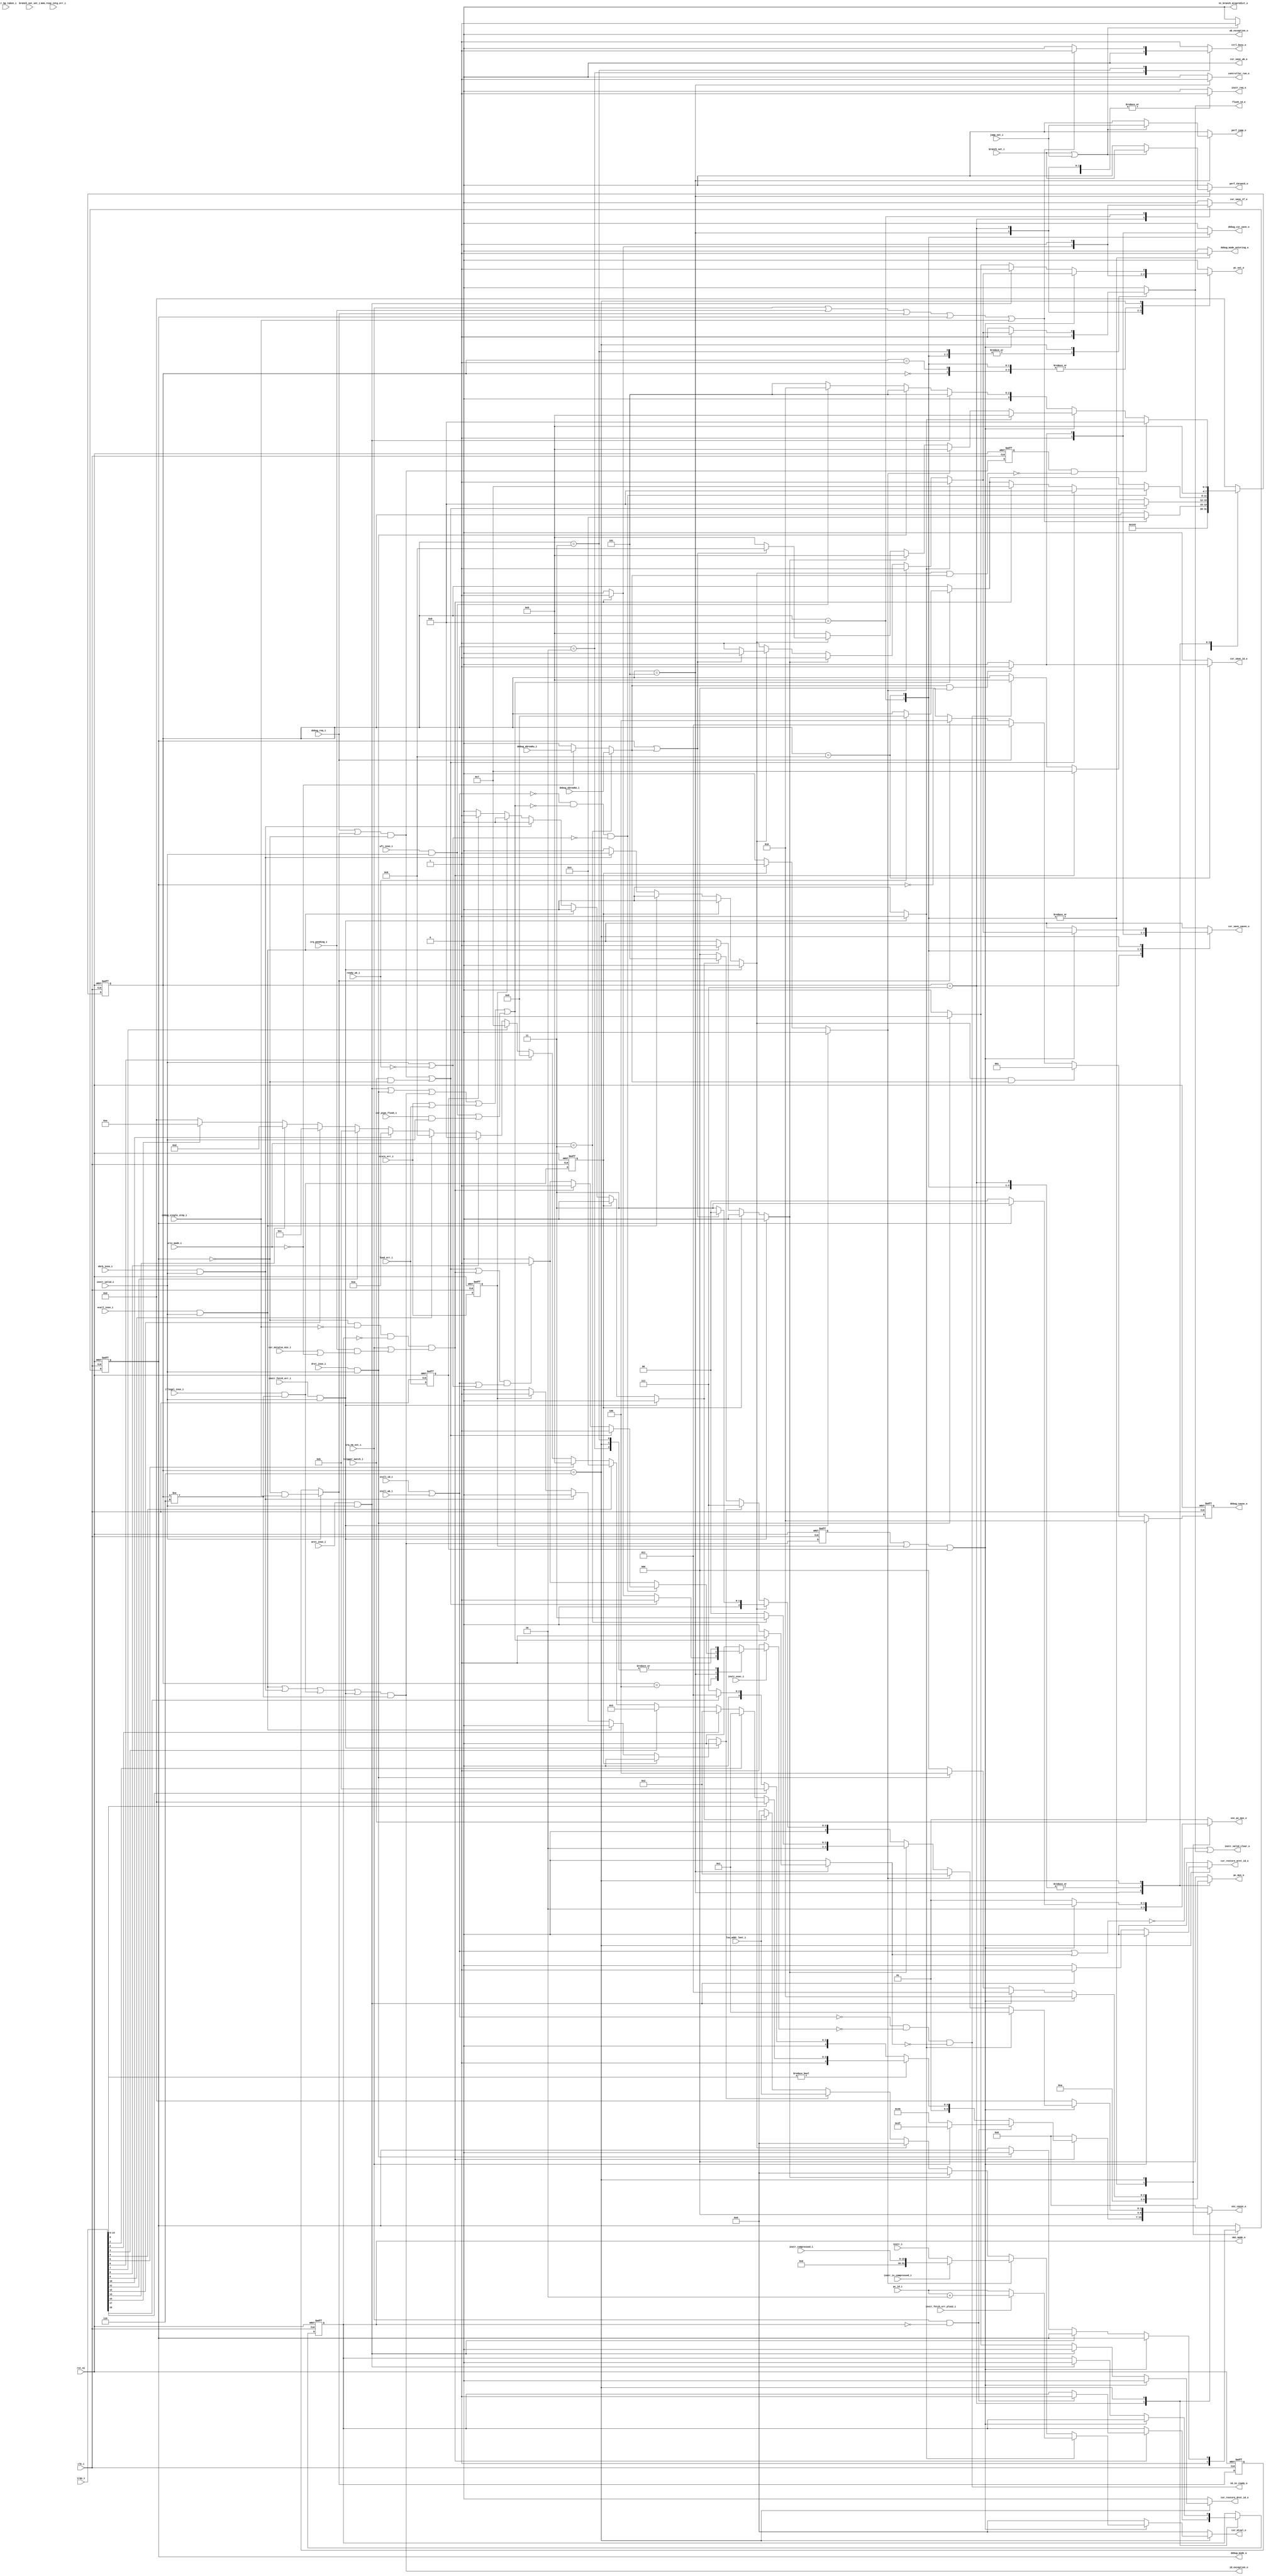
module ibex_controller (
	clk_i,
	rst_ni,
	ctrl_busy_o,
	illegal_insn_i,
	ecall_insn_i,
	mret_insn_i,
	dret_insn_i,
	wfi_insn_i,
	ebrk_insn_i,
	csr_pipe_flush_i,
	instr_valid_i,
	instr_i,
	instr_compressed_i,
	instr_is_compressed_i,
	instr_bp_taken_i,
	instr_fetch_err_i,
	instr_fetch_err_plus2_i,
	pc_id_i,
	instr_valid_clear_o,
	id_in_ready_o,
	controller_run_o,
	instr_exec_i,
	instr_req_o,
	pc_set_o,
	pc_mux_o,
	nt_branch_mispredict_o,
	exc_pc_mux_o,
	exc_cause_o,
	lsu_addr_last_i,
	load_err_i,
	store_err_i,
	mem_resp_intg_err_i,
	wb_exception_o,
	id_exception_o,
	branch_set_i,
	branch_not_set_i,
	jump_set_i,
	csr_mstatus_mie_i,
	irq_pending_i,
	irqs_i,
	irq_nm_ext_i,
	nmi_mode_o,
	debug_req_i,
	debug_cause_o,
	debug_csr_save_o,
	debug_mode_o,
	debug_mode_entering_o,
	debug_single_step_i,
	debug_ebreakm_i,
	debug_ebreaku_i,
	trigger_match_i,
	csr_save_if_o,
	csr_save_id_o,
	csr_save_wb_o,
	csr_restore_mret_id_o,
	csr_restore_dret_id_o,
	csr_save_cause_o,
	csr_mtval_o,
	priv_mode_i,
	stall_id_i,
	stall_wb_i,
	flush_id_o,
	ready_wb_i,
	perf_jump_o,
	perf_tbranch_o
);
	parameter [0:0] WritebackStage = 1'b0;
	parameter [0:0] BranchPredictor = 1'b0;
	parameter [0:0] MemECC = 1'b0;
	input wire clk_i;
	input wire rst_ni;
	output reg ctrl_busy_o;
	input wire illegal_insn_i;
	input wire ecall_insn_i;
	input wire mret_insn_i;
	input wire dret_insn_i;
	input wire wfi_insn_i;
	input wire ebrk_insn_i;
	input wire csr_pipe_flush_i;
	input wire instr_valid_i;
	input wire [31:0] instr_i;
	input wire [15:0] instr_compressed_i;
	input wire instr_is_compressed_i;
	input wire instr_bp_taken_i;
	input wire instr_fetch_err_i;
	input wire instr_fetch_err_plus2_i;
	input wire [31:0] pc_id_i;
	output wire instr_valid_clear_o;
	output wire id_in_ready_o;
	output reg controller_run_o;
	input wire instr_exec_i;
	output reg instr_req_o;
	output reg pc_set_o;
	output reg [2:0] pc_mux_o;
	output reg nt_branch_mispredict_o;
	output reg [1:0] exc_pc_mux_o;
	output reg [6:0] exc_cause_o;
	input wire [31:0] lsu_addr_last_i;
	input wire load_err_i;
	input wire store_err_i;
	input wire mem_resp_intg_err_i;
	output wire wb_exception_o;
	output wire id_exception_o;
	input wire branch_set_i;
	input wire branch_not_set_i;
	input wire jump_set_i;
	input wire csr_mstatus_mie_i;
	input wire irq_pending_i;
	input wire [17:0] irqs_i;
	input wire irq_nm_ext_i;
	output wire nmi_mode_o;
	input wire debug_req_i;
	output wire [2:0] debug_cause_o;
	output reg debug_csr_save_o;
	output wire debug_mode_o;
	output reg debug_mode_entering_o;
	input wire debug_single_step_i;
	input wire debug_ebreakm_i;
	input wire debug_ebreaku_i;
	input wire trigger_match_i;
	output reg csr_save_if_o;
	output reg csr_save_id_o;
	output reg csr_save_wb_o;
	output reg csr_restore_mret_id_o;
	output reg csr_restore_dret_id_o;
	output reg csr_save_cause_o;
	output reg [31:0] csr_mtval_o;
	input wire [1:0] priv_mode_i;
	input wire stall_id_i;
	input wire stall_wb_i;
	output wire flush_id_o;
	input wire ready_wb_i;
	output reg perf_jump_o;
	output reg perf_tbranch_o;
	reg [3:0] ctrl_fsm_cs;
	reg [3:0] ctrl_fsm_ns;
	reg nmi_mode_q;
	reg nmi_mode_d;
	reg debug_mode_q;
	reg debug_mode_d;
	wire [2:0] debug_cause_d;
	reg [2:0] debug_cause_q;
	reg load_err_q;
	wire load_err_d;
	reg store_err_q;
	wire store_err_d;
	reg exc_req_q;
	wire exc_req_d;
	reg illegal_insn_q;
	wire illegal_insn_d;
	reg instr_fetch_err_prio;
	reg illegal_insn_prio;
	reg ecall_insn_prio;
	reg ebrk_insn_prio;
	reg store_err_prio;
	reg load_err_prio;
	wire stall;
	reg halt_if;
	reg retain_id;
	reg flush_id;
	wire exc_req_lsu;
	wire special_req;
	wire special_req_pc_change;
	wire special_req_flush_only;
	wire do_single_step_d;
	reg do_single_step_q;
	wire enter_debug_mode_prio_d;
	reg enter_debug_mode_prio_q;
	wire enter_debug_mode;
	wire ebreak_into_debug;
	wire irq_enabled;
	wire handle_irq;
	wire id_wb_pending;
	wire irq_nm;
	wire irq_nm_int;
	wire [31:0] irq_nm_int_mtval;
	wire [4:0] irq_nm_int_cause;
	reg [3:0] mfip_id;
	wire unused_irq_timer;
	wire ecall_insn;
	wire mret_insn;
	wire dret_insn;
	wire wfi_insn;
	wire ebrk_insn;
	wire csr_pipe_flush;
	wire instr_fetch_err;
	assign load_err_d = load_err_i;
	assign store_err_d = store_err_i;
	assign ecall_insn = ecall_insn_i & instr_valid_i;
	assign mret_insn = mret_insn_i & instr_valid_i;
	assign dret_insn = dret_insn_i & instr_valid_i;
	assign wfi_insn = wfi_insn_i & instr_valid_i;
	assign ebrk_insn = ebrk_insn_i & instr_valid_i;
	assign csr_pipe_flush = csr_pipe_flush_i & instr_valid_i;
	assign instr_fetch_err = instr_fetch_err_i & instr_valid_i;
	assign illegal_insn_d = illegal_insn_i & (ctrl_fsm_cs != 4'd6);
	assign exc_req_d = (((ecall_insn | ebrk_insn) | illegal_insn_d) | instr_fetch_err) & (ctrl_fsm_cs != 4'd6);
	assign exc_req_lsu = store_err_i | load_err_i;
	assign id_exception_o = exc_req_d & ~wb_exception_o;
	assign special_req_flush_only = wfi_insn | csr_pipe_flush;
	assign special_req_pc_change = ((mret_insn | dret_insn) | exc_req_d) | exc_req_lsu;
	assign special_req = special_req_pc_change | special_req_flush_only;
	assign id_wb_pending = instr_valid_i | ~ready_wb_i;
	generate
		if (WritebackStage) begin : g_wb_exceptions
			always @(*) begin
				instr_fetch_err_prio = 0;
				illegal_insn_prio = 0;
				ecall_insn_prio = 0;
				ebrk_insn_prio = 0;
				store_err_prio = 0;
				load_err_prio = 0;
				if (store_err_q)
					store_err_prio = 1'b1;
				else if (load_err_q)
					load_err_prio = 1'b1;
				else if (instr_fetch_err)
					instr_fetch_err_prio = 1'b1;
				else if (illegal_insn_q)
					illegal_insn_prio = 1'b1;
				else if (ecall_insn)
					ecall_insn_prio = 1'b1;
				else if (ebrk_insn)
					ebrk_insn_prio = 1'b1;
			end
			assign wb_exception_o = ((load_err_q | store_err_q) | load_err_i) | store_err_i;
		end
		else begin : g_no_wb_exceptions
			always @(*) begin
				instr_fetch_err_prio = 0;
				illegal_insn_prio = 0;
				ecall_insn_prio = 0;
				ebrk_insn_prio = 0;
				store_err_prio = 0;
				load_err_prio = 0;
				if (instr_fetch_err)
					instr_fetch_err_prio = 1'b1;
				else if (illegal_insn_q)
					illegal_insn_prio = 1'b1;
				else if (ecall_insn)
					ecall_insn_prio = 1'b1;
				else if (ebrk_insn)
					ebrk_insn_prio = 1'b1;
				else if (store_err_q)
					store_err_prio = 1'b1;
				else if (load_err_q)
					load_err_prio = 1'b1;
			end
			assign wb_exception_o = 1'b0;
		end
		if (MemECC) begin : g_intg_irq_int
			reg mem_resp_intg_err_irq_pending_q;
			wire mem_resp_intg_err_irq_pending_d;
			reg [31:0] mem_resp_intg_err_addr_q;
			reg [31:0] mem_resp_intg_err_addr_d;
			reg mem_resp_intg_err_irq_set;
			reg mem_resp_intg_err_irq_clear;
			wire entering_nmi;
			assign entering_nmi = nmi_mode_d & ~nmi_mode_q;
			always @(*) begin
				mem_resp_intg_err_addr_d = mem_resp_intg_err_addr_q;
				mem_resp_intg_err_irq_set = 1'b0;
				mem_resp_intg_err_irq_clear = 1'b0;
				if (mem_resp_intg_err_irq_pending_q) begin
					if (entering_nmi & !irq_nm_ext_i)
						mem_resp_intg_err_irq_clear = 1'b1;
				end
				else if (mem_resp_intg_err_i) begin
					mem_resp_intg_err_addr_d = lsu_addr_last_i;
					mem_resp_intg_err_irq_set = 1'b1;
				end
			end
			assign mem_resp_intg_err_irq_pending_d = (mem_resp_intg_err_irq_pending_q & ~mem_resp_intg_err_irq_clear) | mem_resp_intg_err_irq_set;
			always @(posedge clk_i or negedge rst_ni)
				if (!rst_ni) begin
					mem_resp_intg_err_irq_pending_q <= 1'b0;
					mem_resp_intg_err_addr_q <= 1'sb0;
				end
				else begin
					mem_resp_intg_err_irq_pending_q <= mem_resp_intg_err_irq_pending_d;
					mem_resp_intg_err_addr_q <= mem_resp_intg_err_addr_d;
				end
			assign irq_nm_int = mem_resp_intg_err_irq_set | mem_resp_intg_err_irq_pending_q;
			assign irq_nm_int_cause = 5'b00000;
			assign irq_nm_int_mtval = mem_resp_intg_err_addr_q;
		end
		else begin : g_no_intg_irq_int
			wire unused_mem_resp_intg_err_i;
			assign unused_mem_resp_intg_err_i = mem_resp_intg_err_i;
			assign irq_nm_int = 1'b0;
			assign irq_nm_int_cause = 5'd0;
			assign irq_nm_int_mtval = 1'sb0;
		end
	endgenerate
	assign do_single_step_d = (instr_valid_i ? ~debug_mode_q & debug_single_step_i : do_single_step_q);
	assign enter_debug_mode_prio_d = (debug_req_i | do_single_step_d) & ~debug_mode_q;
	assign enter_debug_mode = enter_debug_mode_prio_d | (trigger_match_i & ~debug_mode_q);
	assign ebreak_into_debug = (priv_mode_i == 2'b11 ? debug_ebreakm_i : (priv_mode_i == 2'b00 ? debug_ebreaku_i : 1'b0));
	assign irq_nm = irq_nm_ext_i | irq_nm_int;
	assign irq_enabled = csr_mstatus_mie_i | (priv_mode_i == 2'b00);
	assign handle_irq = ((~debug_mode_q & ~debug_single_step_i) & ~nmi_mode_q) & (irq_nm | (irq_pending_i & irq_enabled));
	always @(*) begin : gen_mfip_id
		mfip_id = 4'd0;
		begin : sv2v_autoblock_1
			reg signed [31:0] i;
			for (i = 14; i >= 0; i = i - 1)
				if (irqs_i[0 + i])
					mfip_id = i[3:0];
		end
	end
	assign unused_irq_timer = irqs_i[16];
	assign debug_cause_d = (trigger_match_i ? 3'h2 : (ebrk_insn_prio & ebreak_into_debug ? 3'h1 : (debug_req_i ? 3'h3 : (do_single_step_d ? 3'h4 : 3'h0))));
	always @(posedge clk_i or negedge rst_ni)
		if (!rst_ni)
			debug_cause_q <= 3'h0;
		else
			debug_cause_q <= debug_cause_d;
	assign debug_cause_o = debug_cause_q;
	localparam [6:0] ibex_pkg_ExcCauseBreakpoint = 7'h03;
	localparam [6:0] ibex_pkg_ExcCauseEcallMMode = 7'h0b;
	localparam [6:0] ibex_pkg_ExcCauseEcallUMode = 7'h08;
	localparam [6:0] ibex_pkg_ExcCauseIllegalInsn = 7'h02;
	localparam [6:0] ibex_pkg_ExcCauseInsnAddrMisa = 7'h00;
	localparam [6:0] ibex_pkg_ExcCauseInstrAccessFault = 7'h01;
	localparam [6:0] ibex_pkg_ExcCauseIrqExternalM = 7'h2b;
	localparam [6:0] ibex_pkg_ExcCauseIrqNm = 7'h3f;
	localparam [6:0] ibex_pkg_ExcCauseIrqSoftwareM = 7'h23;
	localparam [6:0] ibex_pkg_ExcCauseIrqTimerM = 7'h27;
	localparam [6:0] ibex_pkg_ExcCauseLoadAccessFault = 7'h05;
	localparam [6:0] ibex_pkg_ExcCauseStoreAccessFault = 7'h07;
	function automatic [4:0] sv2v_cast_5;
		input reg [4:0] inp;
		sv2v_cast_5 = inp;
	endfunction
	always @(*) begin
		instr_req_o = 1'b1;
		csr_save_if_o = 1'b0;
		csr_save_id_o = 1'b0;
		csr_save_wb_o = 1'b0;
		csr_restore_mret_id_o = 1'b0;
		csr_restore_dret_id_o = 1'b0;
		csr_save_cause_o = 1'b0;
		csr_mtval_o = 1'sb0;
		pc_mux_o = 3'd0;
		pc_set_o = 1'b0;
		nt_branch_mispredict_o = 1'b0;
		exc_pc_mux_o = 2'd1;
		exc_cause_o = ibex_pkg_ExcCauseInsnAddrMisa;
		ctrl_fsm_ns = ctrl_fsm_cs;
		ctrl_busy_o = 1'b1;
		halt_if = 1'b0;
		retain_id = 1'b0;
		flush_id = 1'b0;
		debug_csr_save_o = 1'b0;
		debug_mode_d = debug_mode_q;
		debug_mode_entering_o = 1'b0;
		nmi_mode_d = nmi_mode_q;
		perf_tbranch_o = 1'b0;
		perf_jump_o = 1'b0;
		controller_run_o = 1'b0;
		case (ctrl_fsm_cs)
			4'd0: begin
				instr_req_o = 1'b0;
				pc_mux_o = 3'd0;
				pc_set_o = 1'b1;
				ctrl_fsm_ns = 4'd1;
			end
			4'd1: begin
				instr_req_o = 1'b1;
				pc_mux_o = 3'd0;
				pc_set_o = 1'b1;
				ctrl_fsm_ns = 4'd4;
			end
			4'd2: begin
				ctrl_busy_o = 1'b0;
				instr_req_o = 1'b0;
				halt_if = 1'b1;
				flush_id = 1'b1;
				ctrl_fsm_ns = 4'd3;
			end
			4'd3: begin
				instr_req_o = 1'b0;
				halt_if = 1'b1;
				flush_id = 1'b1;
				if ((((irq_nm || irq_pending_i) || debug_req_i) || debug_mode_q) || debug_single_step_i)
					ctrl_fsm_ns = 4'd4;
				else
					ctrl_busy_o = 1'b0;
			end
			4'd4: begin
				if (id_in_ready_o)
					ctrl_fsm_ns = 4'd5;
				if (handle_irq) begin
					ctrl_fsm_ns = 4'd7;
					halt_if = 1'b1;
				end
				if (enter_debug_mode) begin
					ctrl_fsm_ns = 4'd8;
					halt_if = 1'b1;
				end
			end
			4'd5: begin
				controller_run_o = 1'b1;
				pc_mux_o = 3'd1;
				if (special_req) begin
					retain_id = 1'b1;
					if (ready_wb_i | wb_exception_o)
						ctrl_fsm_ns = 4'd6;
				end
				if (branch_set_i || jump_set_i) begin
					pc_set_o = (BranchPredictor ? ~instr_bp_taken_i : 1'b1);
					perf_tbranch_o = branch_set_i;
					perf_jump_o = jump_set_i;
				end
				if (BranchPredictor) begin
					if (instr_bp_taken_i & branch_not_set_i)
						nt_branch_mispredict_o = 1'b1;
				end
				if ((enter_debug_mode || handle_irq) && (stall || id_wb_pending))
					halt_if = 1'b1;
				if ((!stall && !special_req) && !id_wb_pending) begin
					if (enter_debug_mode) begin
						ctrl_fsm_ns = 4'd8;
						halt_if = 1'b1;
					end
					else if (handle_irq) begin
						ctrl_fsm_ns = 4'd7;
						halt_if = 1'b1;
					end
				end
			end
			4'd7: begin
				pc_mux_o = 3'd2;
				exc_pc_mux_o = 2'd1;
				if (handle_irq) begin
					pc_set_o = 1'b1;
					csr_save_if_o = 1'b1;
					csr_save_cause_o = 1'b1;
					if (irq_nm && !nmi_mode_q) begin
						exc_cause_o = (irq_nm_ext_i ? ibex_pkg_ExcCauseIrqNm : {2'b10, irq_nm_int_cause});
						if (irq_nm_int & !irq_nm_ext_i)
							csr_mtval_o = irq_nm_int_mtval;
						nmi_mode_d = 1'b1;
					end
					else if (irqs_i[14-:15] != 15'b000000000000000)
						exc_cause_o = {2'b01, sv2v_cast_5({1'b1, mfip_id})};
					else if (irqs_i[15])
						exc_cause_o = ibex_pkg_ExcCauseIrqExternalM;
					else if (irqs_i[17])
						exc_cause_o = ibex_pkg_ExcCauseIrqSoftwareM;
					else
						exc_cause_o = ibex_pkg_ExcCauseIrqTimerM;
				end
				ctrl_fsm_ns = 4'd5;
			end
			4'd8: begin
				pc_mux_o = 3'd2;
				exc_pc_mux_o = 2'd2;
				flush_id = 1'b1;
				pc_set_o = 1'b1;
				csr_save_if_o = 1'b1;
				debug_csr_save_o = 1'b1;
				csr_save_cause_o = 1'b1;
				debug_mode_d = 1'b1;
				debug_mode_entering_o = 1'b1;
				ctrl_fsm_ns = 4'd5;
			end
			4'd9: begin
				flush_id = 1'b1;
				pc_mux_o = 3'd2;
				pc_set_o = 1'b1;
				exc_pc_mux_o = 2'd2;
				if (ebreak_into_debug && !debug_mode_q) begin
					csr_save_cause_o = 1'b1;
					csr_save_id_o = 1'b1;
					debug_csr_save_o = 1'b1;
				end
				debug_mode_d = 1'b1;
				debug_mode_entering_o = 1'b1;
				ctrl_fsm_ns = 4'd5;
			end
			4'd6: begin
				halt_if = 1'b1;
				flush_id = 1'b1;
				ctrl_fsm_ns = 4'd5;
				if ((exc_req_q || store_err_q) || load_err_q) begin
					pc_set_o = 1'b1;
					pc_mux_o = 3'd2;
					exc_pc_mux_o = (debug_mode_q ? 2'd3 : 2'd0);
					if (WritebackStage) begin : g_writeback_mepc_save
						csr_save_id_o = ~(store_err_q | load_err_q);
						csr_save_wb_o = store_err_q | load_err_q;
					end
					else begin : g_no_writeback_mepc_save
						csr_save_id_o = 1'b0;
					end
					csr_save_cause_o = 1'b1;
					case (1'b1)
						instr_fetch_err_prio: begin
							exc_cause_o = ibex_pkg_ExcCauseInstrAccessFault;
							csr_mtval_o = (instr_fetch_err_plus2_i ? pc_id_i + 32'd2 : pc_id_i);
						end
						illegal_insn_prio: begin
							exc_cause_o = ibex_pkg_ExcCauseIllegalInsn;
							csr_mtval_o = (instr_is_compressed_i ? {16'b0000000000000000, instr_compressed_i} : instr_i);
						end
						ecall_insn_prio: exc_cause_o = (priv_mode_i == 2'b11 ? ibex_pkg_ExcCauseEcallMMode : ibex_pkg_ExcCauseEcallUMode);
						ebrk_insn_prio:
							if (debug_mode_q | ebreak_into_debug) begin
								pc_set_o = 1'b0;
								csr_save_id_o = 1'b0;
								csr_save_cause_o = 1'b0;
								ctrl_fsm_ns = 4'd9;
								flush_id = 1'b0;
							end
							else
								exc_cause_o = ibex_pkg_ExcCauseBreakpoint;
						store_err_prio: begin
							exc_cause_o = ibex_pkg_ExcCauseStoreAccessFault;
							csr_mtval_o = lsu_addr_last_i;
						end
						load_err_prio: begin
							exc_cause_o = ibex_pkg_ExcCauseLoadAccessFault;
							csr_mtval_o = lsu_addr_last_i;
						end
						default:
							;
					endcase
				end
				else if (mret_insn) begin
					pc_mux_o = 3'd3;
					pc_set_o = 1'b1;
					csr_restore_mret_id_o = 1'b1;
					if (nmi_mode_q)
						nmi_mode_d = 1'b0;
				end
				else if (dret_insn) begin
					pc_mux_o = 3'd4;
					pc_set_o = 1'b1;
					debug_mode_d = 1'b0;
					csr_restore_dret_id_o = 1'b1;
				end
				else if (wfi_insn)
					ctrl_fsm_ns = 4'd2;
				if (enter_debug_mode_prio_q && !(ebrk_insn_prio && ebreak_into_debug))
					ctrl_fsm_ns = 4'd8;
			end
			default: begin
				instr_req_o = 1'b0;
				ctrl_fsm_ns = 4'd0;
			end
		endcase
		if (~instr_exec_i)
			halt_if = 1'b1;
	end
	assign flush_id_o = flush_id;
	assign debug_mode_o = debug_mode_q;
	assign nmi_mode_o = nmi_mode_q;
	assign stall = stall_id_i | stall_wb_i;
	assign id_in_ready_o = (~stall & ~halt_if) & ~retain_id;
	assign instr_valid_clear_o = ~(stall | retain_id) | flush_id;
	always @(posedge clk_i or negedge rst_ni) begin : update_regs
		if (!rst_ni) begin
			ctrl_fsm_cs <= 4'd0;
			nmi_mode_q <= 1'b0;
			do_single_step_q <= 1'b0;
			debug_mode_q <= 1'b0;
			enter_debug_mode_prio_q <= 1'b0;
			load_err_q <= 1'b0;
			store_err_q <= 1'b0;
			exc_req_q <= 1'b0;
			illegal_insn_q <= 1'b0;
		end
		else begin
			ctrl_fsm_cs <= ctrl_fsm_ns;
			nmi_mode_q <= nmi_mode_d;
			do_single_step_q <= do_single_step_d;
			debug_mode_q <= debug_mode_d;
			enter_debug_mode_prio_q <= enter_debug_mode_prio_d;
			load_err_q <= load_err_d;
			store_err_q <= store_err_d;
			exc_req_q <= exc_req_d;
			illegal_insn_q <= illegal_insn_d;
		end
	end
endmodule